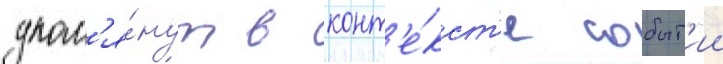
упом'я́нут в конт'е́кст'е событ'ии